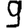
Digit: 9